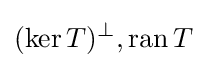
(\ker T)^{\perp },\operatorname {ran} T